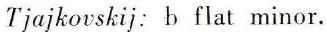
Tjajkovskij: b flat minor.